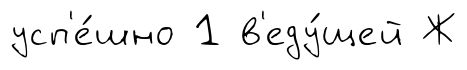
усп'е́шно 1 в'еду́щей Ж